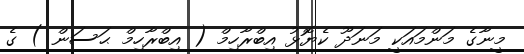
މީނާގެ މަންމައަކީ މަނަދޫ ކެޔޮޅު އިބްރާހިމް ( އިބްރާހިމް ޙަސަން ) ގެ